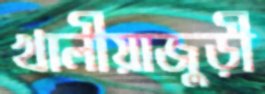
খালীয়াজুড়ী